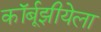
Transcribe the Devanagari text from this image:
कॉर्बूझीयेला